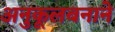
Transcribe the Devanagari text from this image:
अनुकूलबनाने